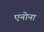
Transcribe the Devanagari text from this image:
एनोना